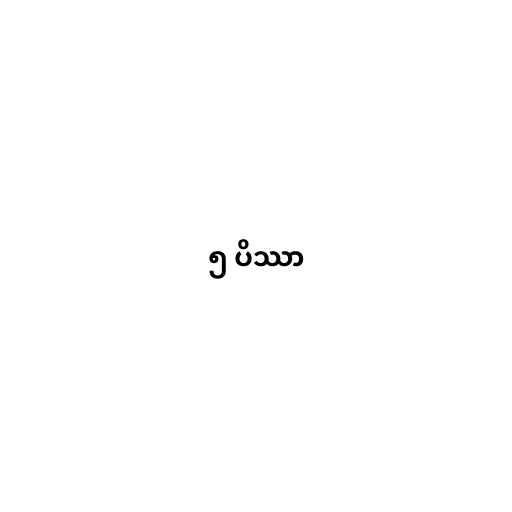
၅ ပိဿာ